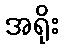
အရိုး